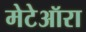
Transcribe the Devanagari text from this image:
मेटेऑरा